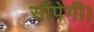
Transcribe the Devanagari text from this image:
सौंपेगी।